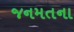
જનમતના